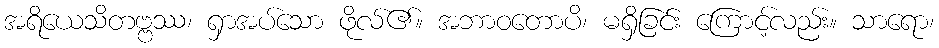
အရိယေသိတဗ္ဗဿ၊ ရှာအပ်သော ဖိုလ်၏။ အဘာဝတောပိ၊ မရှိခြင်း ကြောင့်လည်း။ သာရော၊